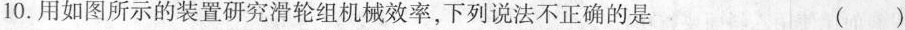
10.用如图所示的装置研究滑轮组机械效率，下列说法不正确的是 ( )